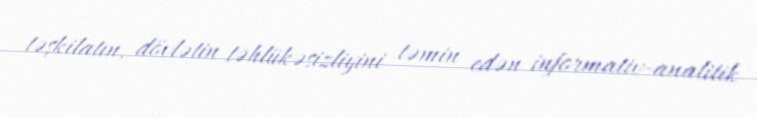
təşkilatın, dövlətin təhlükəsizliyini təmin edən informativ-analitik